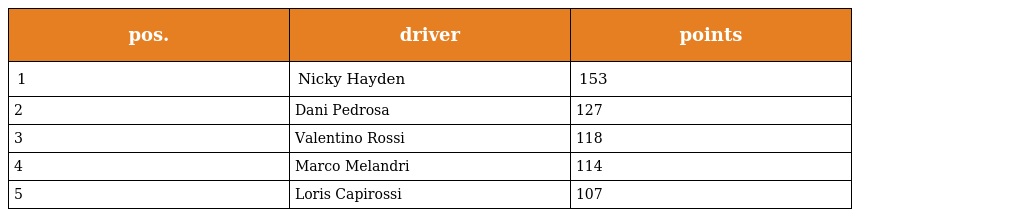
| pos. | driver | points |
 | --- | --- | --- |
 | 1 | Nicky Hayden | 153 |
 | 2 | Dani Pedrosa | 127 |
 | 3 | Valentino Rossi | 118 |
 | 4 | Marco Melandri | 114 |
 | 5 | Loris Capirossi | 107 |